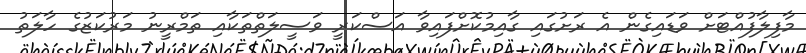
މާފިލާފުއްޓަށް ވަޑައިގެން އެ ރަށުގައި ގާއިމުކޮށްފައިވާ އަސްކަރީ ވަސީލަތްތަކާއި ތަމްރީނު މަރުކަޒުގެ ހާލަތު